Medical and sanitary report of the native army of Bengal for the year
Year: 1876
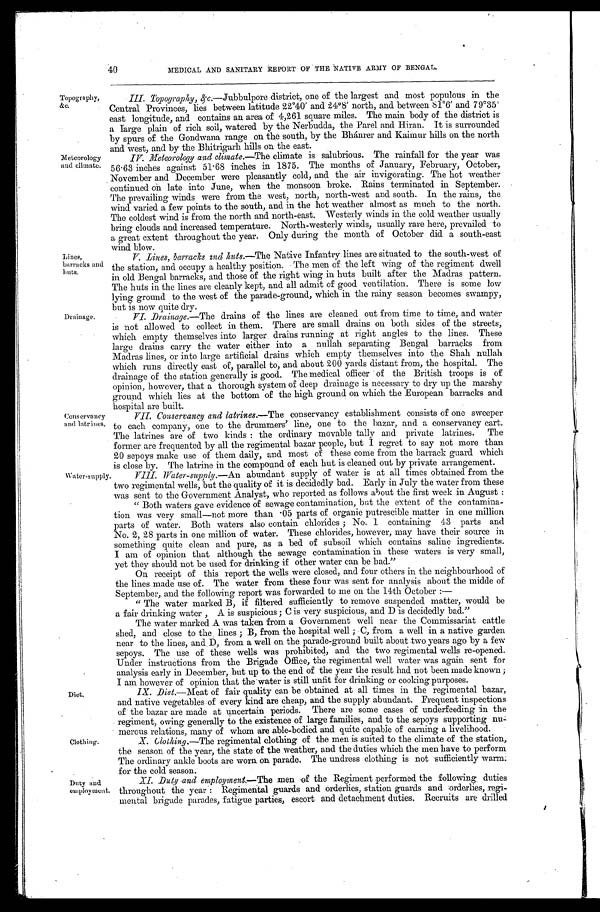
Topography,
&c.
Meteorology
and climate.
40
MEDICAL AND SANITARY REPORT OF THE NATIVE ARMY OF BENGAL.
Lines,
barracks and
huts.
Drainage.
Conservancy
and latrines.
III. Topography, &c.—Jubbulpore district, one of the largest and most populous in the
Central Provinces, lies between latitude 22°40´ and 24°8´ north, and between 81°6´ and 79°35é
ast longitude, and contains an area of 4,261 square miles. The main body of the district is
a large plain of rich soil, watered by the Nerbudda, the Parel and Hiran. It is surrounded
by spurs of the Gondwana range on the south, by the Bhánrer and Kaimur hills on the north
and west and by the Bhitrigarh hills on the east.
IV. Meteorology and climate.—The climate is salubrious. The rainfall for the year was
56 . 63 inches against 51 . 68 inches in 1875. The months of January, February, October,
November and December were pleasantly cold, and the air invigorating. The hot weather
continued on late into June, when the monsoon broke. Rains terminated in September.
The prevailing winds were from the west, north, north-west and south. In the rains, the
wind varied a few points to the south, and in the hot weather almost as much to the north.
The coldest wind is from the north and north-east. Westerly winds in the cold weather usually
bring clouds and increased temperature. North-westerly winds, usually rare here, prevailed to
a great extent throughout the year. Only during the month of October did a south-east
wind b1ow.
V . L i n e s , b a r r a c k s a n d h u t s . — T h e N a t i v e I n f a n t r y l i n e s a r e s i t u a t e d t o t h e s o u t h - w e s t o f
the station, and occupy a healthy position. The men of the left wing of the regiment dwell
in old Bengal barracks, and those of the right wing in huts built after the Madras pattern.
The huts in the lines are cleanly kept, and all admit of good ventilation. There is some low
lying ground to the west of the parade-ground, which in the rainy season becomes swampy,
but is now quite dry.
VI. Drainage. —The drains of the lines are cleaned out from time to time, and water
is not allowed to collect in them. There are small drains on both sides of the streets,
which empty themselves into larger drains running at right angles to the lines. These
large drains carry the water either into a nullah separating Bengal barracks from
Madras lines, or into large artificial drains which empty themselves into the Shah nullah
which runs directly east of, parallel to, and about 200 yards distant from, the hospital. The
drainage of the station generally is good. The medical officer of the British troops is of
opinion, however, that a thorough system of deep drainage is necessary to dry up the marshy
ground which lies at the bottom of the high ground on which the European barracks and
hospital are built.
VII. Conservancy and latrines.—The conservancy establishment consists of one sweeper
to each company, one to the drummers' line, one to the bazar, and a conservancy cart.
The latrines are of two kinds : the ordinary movable tally and private latrines. The
former are frequented by all the regimental bazar people, but I regret to say not more than
20 sepoys make use of them daily, and most of these come from the barrack guard which
is close by. The latrine in the compound of each hut is cleaned out by private arrangement.
Water-supply.
Diet.
Clothing.
Duty and
employment.
VIII. Water-supply.—An abundant supply of water is at all times obtained from the
two regimental wells, but the quality of it is decidedly bad. Early in July the water from these
was sent to the Government Analyst, who reported as follows about the first week in August :
"Both waters gave evidence of sewage contamination, but the extent of the contamina-
tion was very small—not more than .05 parts of organic putrescible matter in one million
parts of water. Both waters also contain chlorides ; No. 1 containing 43 parts and
No. 2, 28 parts in one million of water. These chlorides, however, may have their source in
something quite clean and pure, as a bed of subsoil which contains saline ingredients.
I am of opinion that although the sewage contamination in these waters is very small,
yet they should not be used for drinking if other water can be had."
On receipt of this report the wells were closed, and four others in the neighbourhood of
the lines made use of. The water from these four was sent for analysis about the midde of
September, and the following report was forwarded to me on the 14th October :
—
"The water marked B, if filtered sufficiently to remove suspended matter, would be
a fair drinking water , A is suspicious ; C is very suspicious, and D is decidedly bad."
The water marked A was taken from a Government well near the Commissariat cattle
shed, and close to the lines ; B, from the hospital well ; C, from a well in a native garden
near to the lines, and D, from a well on the parade-ground built about two years ago by a few
sepoys. The use of these wells was prohibited, and the two regimental wells re-opened.
Under instructions from the Brigade Office, the regimental well water was again sent for
analysis early in December, but up to the end of the year the result had not been made known ;
I am however of opinion that the water is still unfit for drinking or cooking purposes.
IX. Diet.—Meat of fair quality can be obtained at all times in the regimental bazar,
and native vegetables of every kind are cheap, and the supply abundant. Frequent inspections
of the bazar are made at uncertain periods. There are some cases of underfeeding in the
regiment, owing generally to the existence of large families, and to the sepoys supporting nu-
merous relations, many of whom are able-bodied and quite capable of earning a livelihood.
X. Clothing. —The regimental clothing of the men is suited to the climate of the station,
the season of the year, the state of the weather, and the duties which the men have to perform
The ordinary ankle boots are worn on parade. The undress clothing is not sufficiently warm
for the cold season.
XI. Duty and employment.—The men of the Regiment performed the following duties
throughout the year : Regimental guards and orderlies, station guards and orderlies, regi
-mental brigade parades, fatigue parties, escort and detachment duties. Recruits are drilled